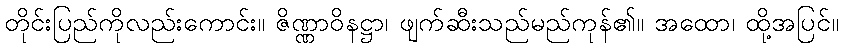
တိုင်းပြည်ကိုလည်းကောင်း။ ဇိဏ္ဏာဝိနဋ္ဌာ၊ ဖျက်ဆီးသည်မည်ကုန်၏။ အထော၊ ထို့အပြင်။